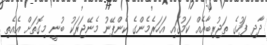
ދާދި ފަހުގެ ތަޖުރިބާއެއް ކަމުގައި އަހަރެމެންގެ ކެންޕޭނު މެނޭޖަރަކު ބުނީ މިގޮތަށް އެއެތި